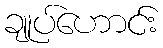
ချုပ်ဟောင်း